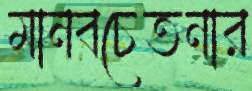
মানবচেতনার